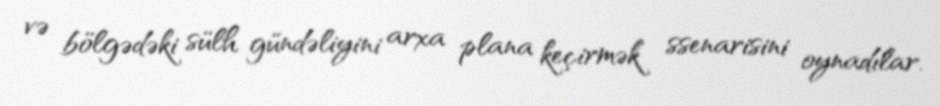
və bölgədəki sülh gündəliyini arxa plana keçirmək ssenarisini oynadılar.